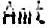
AMT